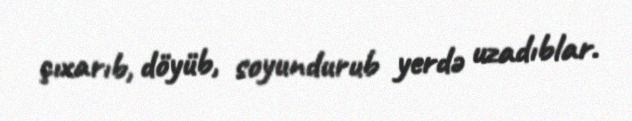
çıxarıb, döyüb, soyundurub yerdə uzadıblar.